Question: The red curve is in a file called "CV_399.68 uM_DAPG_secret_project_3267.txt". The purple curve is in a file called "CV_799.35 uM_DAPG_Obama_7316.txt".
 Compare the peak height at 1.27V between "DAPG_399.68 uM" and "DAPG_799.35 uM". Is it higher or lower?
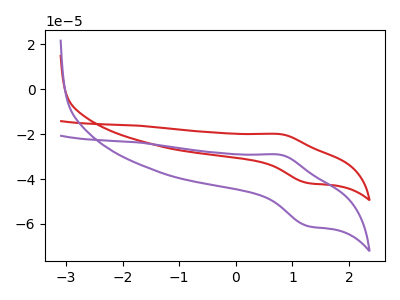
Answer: <think>The red curve "DAPG_399.68 uM" has an anodic peak at (0.80V, -20.05uA) and a cathodic peak at (1.25V, -41.80uA). The purple curve "DAPG_799.35 uM" has an anodic peak at (0.80V, -29.25uA) and a cathodic peak at (1.25V, -60.95uA).</think>
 <answer>The peak at 1.27V is lower in "DAPG_399.68 uM" than in "DAPG_799.35 uM".</answer>
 <eval>lower</eval>